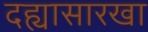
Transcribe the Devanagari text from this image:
दह्यासारखा